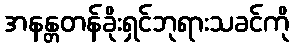
အနန္တတန်ခိုးရှင်ဘုရားသခင်ကို